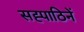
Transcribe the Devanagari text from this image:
सह्पाठिनें